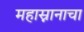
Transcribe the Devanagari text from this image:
महास्नानाचा